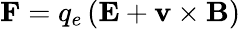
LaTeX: \mathbf{F}=q_{e}\left(\mathbf{E}+\mathbf{v}\times\mathbf{B}\right)